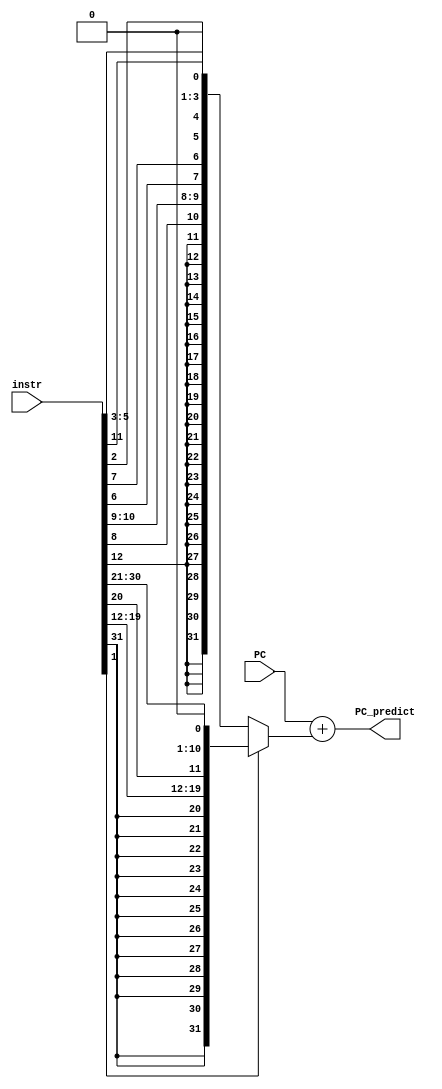
module PC_predictor (
    PC,
    instr,        // compute PC + imm for JAL
    PC_predict
);

    input  [31:0] PC, instr;
    output signed [31:0] PC_predict;

    wire is_compress;
    reg [31:0] imm;

    assign is_compress = (instr[1] == 1'b0);
    assign PC_predict = $signed(PC) + $signed(imm);

    always @(*) begin
        if (is_compress) begin
            imm = {{21{instr[12]}}, instr[8], instr[10:9], instr[6], instr[7], instr[2], instr[11], instr[5:3], 1'b0};
        end
        else begin
            imm = {{12{instr[31]}}, instr[19:12], instr[20], instr[30:21], 1'b0};
        end
    end
    

endmodule

//BEQ:  IMM[12,10:5] rs2 rs1 000 IMM[4:1,11] 1100011
//BNE:  IMM[12,10:5] rs2 rs1 001 IMM[4:1,11] 1100011
//JAL:  IMM[20,10:1,11,19:12]    rd          1101111

//C.BEQZ: 110 imm[8|4:3] rs1' imm[7:6|2:1|5] 01
//C.BNEZ: 111 imm[8|4:3] rs1' imm[7:6|2:1|5] 01
//C.JAL:  001 imm[11|4|9:8|10|6|7|3:1|5]     01
//C.J:    101 imm[11|4|9:8|10|6|7|3:1|5]     01